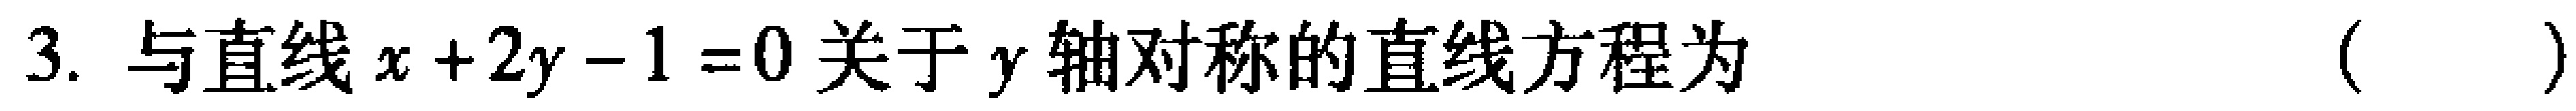
3. 与直线\(x + 2y - 1 = 0\)关于\(y\)轴对称的直线方程为 （  ）